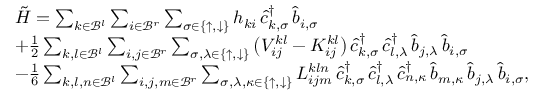
\begin{array} { r l } & { \tilde { H } = \sum _ { k \in \mathcal { B } ^ { l } } \sum _ { i \in \mathcal { B } ^ { r } } \sum _ { \sigma \in \{ \uparrow , \downarrow \} } h _ { k i } \, \hat { c } _ { k , \sigma } ^ { \dagger } \, \hat { b } _ { i , \sigma } } \\ & { + \frac { 1 } { 2 } \sum _ { k , l \in \mathcal { B } ^ { l } } \sum _ { i , j \in \mathcal { B } ^ { r } } \sum _ { \sigma , \lambda \in \{ \uparrow , \downarrow \} } \big ( V _ { i j } ^ { k l } - { K } _ { i j } ^ { k l } \big ) \, \hat { c } _ { k , \sigma } ^ { \dagger } \, \hat { c } _ { l , \lambda } ^ { \dagger } \, \hat { b } _ { j , \lambda } \, \hat { b } _ { i , \sigma } } \\ & { - \frac { 1 } { 6 } \sum _ { k , l , n \in \mathcal { B } ^ { l } } \sum _ { i , j , m \in \mathcal { B } ^ { r } } \sum _ { \sigma , \lambda , \kappa \in \{ \uparrow , \downarrow \} } { L } _ { i j m } ^ { k l n } \, \hat { c } _ { k , \sigma } ^ { \dagger } \, \hat { c } _ { l , \lambda } ^ { \dagger } \, \hat { c } _ { n , \kappa } ^ { \dagger } \, \hat { b } _ { m , \kappa } \, \hat { b } _ { j , \lambda } \, \hat { b } _ { i , \sigma } , } \end{array}